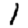
Digit: 1